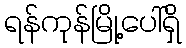
ရန်ကုန်မြို့ပေါ်ရှိ